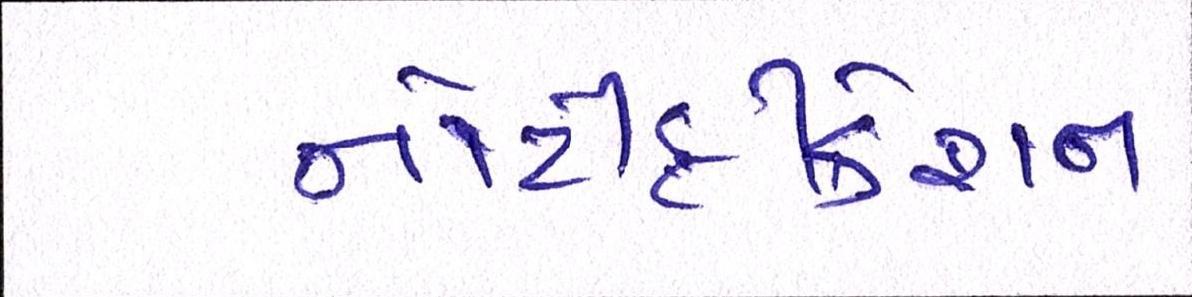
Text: નોટીફીકેશન